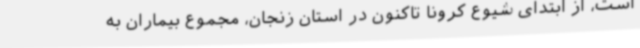
است، از ابتدای شیوع کرونا تاکنون در استان زنجان، مجموع بیماران به